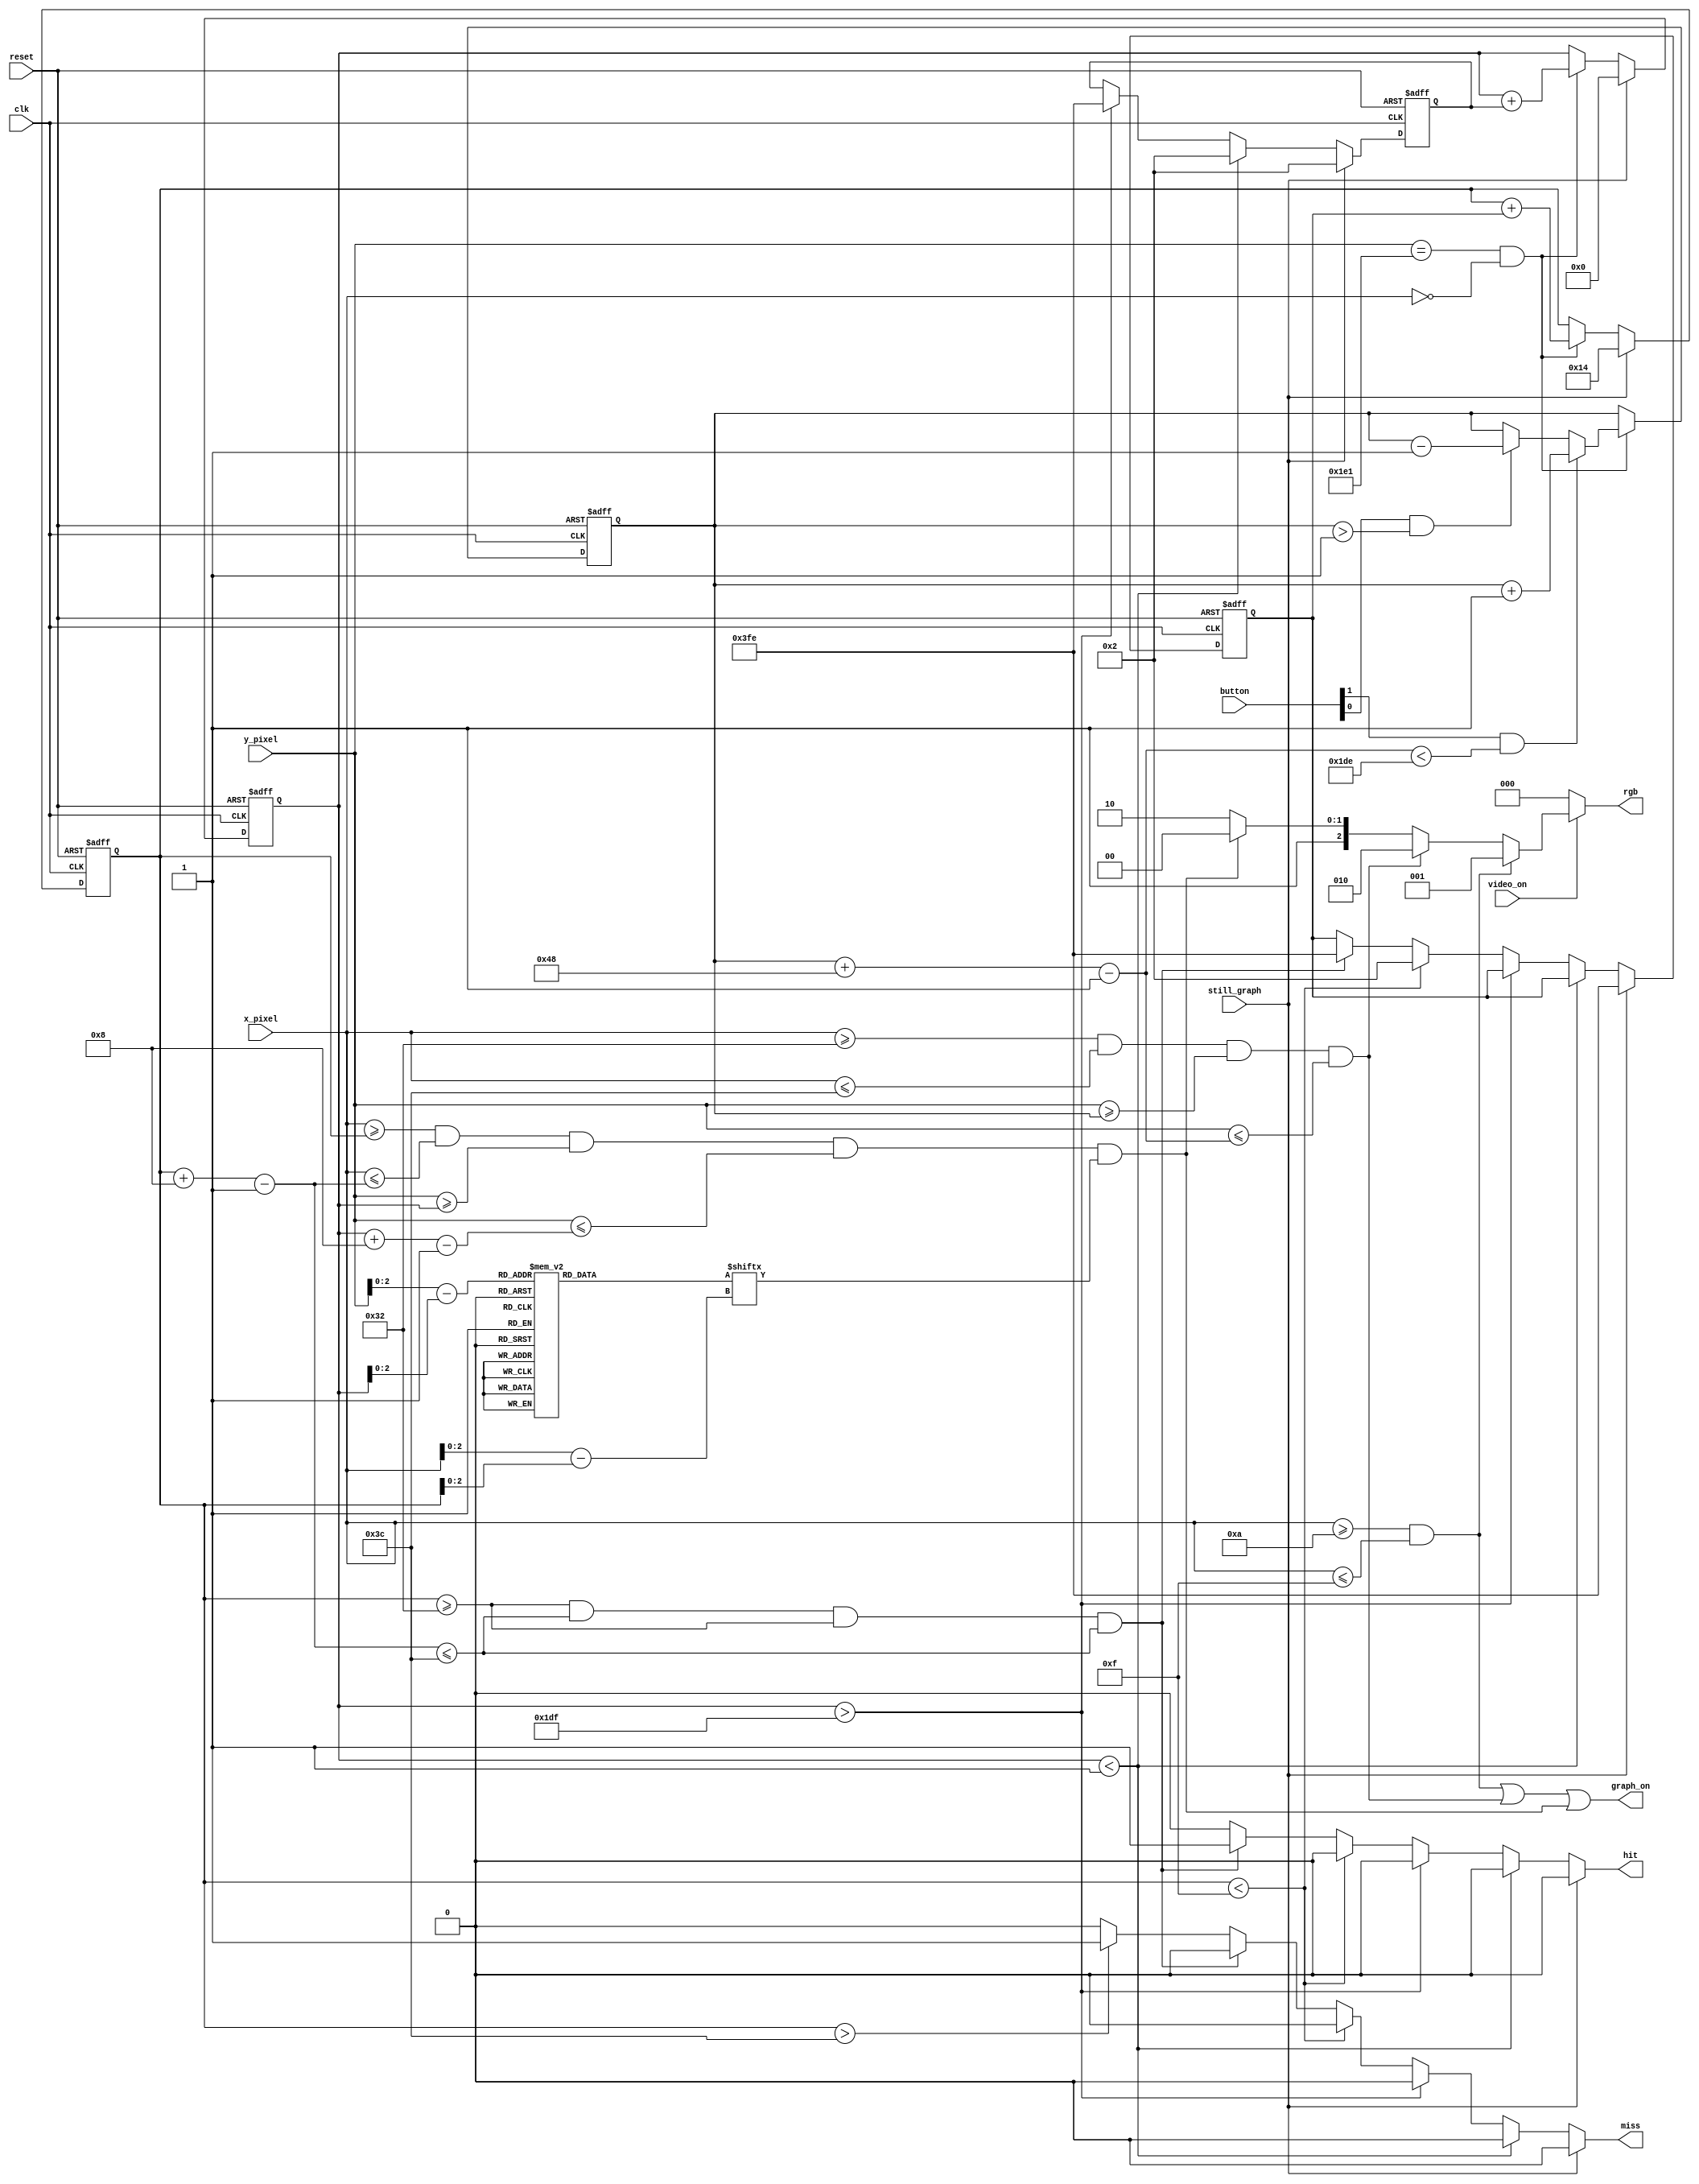
module animated_ping_pong(clk,reset,video_on,x_pixel,y_pixel,still_graph,hit,miss,button,rgb,graph_on);
input clk,reset,video_on;
input [1:0] button;
input [9:0] x_pixel,y_pixel;
output reg [2:0] rgb;
output wire graph_on;
input still_graph;
output reg hit,miss; 
//screen 
localparam MAX_X=640;
localparam MAX_Y=480;
wire refresh_tick;
//wall
localparam WALL_X_L=10;
localparam WALL_X_R=15;
//bar
localparam BAR_X_L=50;
localparam BAR_X_R=60;
wire [9:0] bar_y_t,bar_y_b;
localparam BAR_SIZE=72;
reg  [9:0] bar_y_next,bar_y_reg;
localparam BAR_VELOCITY=1;
//SQAURE BALL
localparam BALL_SIZE=8;
wire [9:0] ball_y_t,ball_y_b;
wire [9:0] ball_x_l,ball_x_r;
wire [9:0] ball_y_next,ball_x_next;
reg  [9:0] ball_x_reg,ball_y_reg;
reg [9:0] x_delta_reg,x_delta_next;
reg [9:0] y_delta_reg,y_delta_next;
localparam BALL_V_P=2;
localparam BALL_V_N=-2;
//round ball 
wire [2:0] rom_addr,rom_col;
reg [7:0] rom_data;
wire rom_bit;


//ball image
always @*
	case(rom_addr)
		0: rom_data=8'b00111100;
		1: rom_data=8'b01111110;
		2: rom_data=8'b11111111;
		3: rom_data=8'b11111111;
		4: rom_data=8'b11111111;
		5: rom_data=8'b11111111;
		6: rom_data=8'b01111110;
		7: rom_data=8'b00111100;
	endcase
always @(posedge clk or posedge reset)
	if(reset)
	
		begin
		bar_y_reg=0;
		ball_y_reg=00;
		ball_x_reg=20;
		x_delta_reg=4;
		y_delta_reg=4;
		end	
	else

	
		begin
		bar_y_reg=bar_y_next;
		ball_y_reg=ball_y_next;
		ball_x_reg=ball_x_next;
		x_delta_reg=x_delta_next;
		y_delta_reg=y_delta_next;
		end


assign refresh_tick=(y_pixel==481)&&(x_pixel==0);


//wall
wire wall_on;
wire [2:0] wall_rgb;
assign wall_on=(x_pixel>=WALL_X_L)&&(x_pixel<=WALL_X_R);
assign wall_rgb=3'b001;

//BAR
wire bar_on;
wire [2:0] bar_rgb;


assign bar_y_t=bar_y_reg;
assign bar_y_b=bar_y_reg+BAR_SIZE-1;
assign bar_on=(x_pixel>=BAR_X_L)&&(x_pixel<=BAR_X_R)&&(y_pixel>=bar_y_t)&&(y_pixel<=bar_y_b);
assign bar_rgb=3'b010;

always @*
	begin
	bar_y_next=bar_y_reg;
	if(refresh_tick)
		if(button[1]&(bar_y_b<(MAX_Y-1-BAR_VELOCITY)))
			bar_y_next=bar_y_reg+BAR_VELOCITY;
		else if(button[0]&(bar_y_t>BAR_VELOCITY))
			bar_y_next=bar_y_reg-BAR_VELOCITY;
	end

//ball 
wire square_ball_on,ball_on;
wire [2:0] ball_rgb;
assign ball_y_t=ball_y_reg;
assign ball_x_l=ball_x_reg;
assign ball_y_b=ball_y_t+BALL_SIZE-1;
assign ball_x_r=ball_x_l+BALL_SIZE-1;

assign square_ball_on=(x_pixel>=ball_x_l)&&(x_pixel<=ball_x_r)&&(y_pixel>=ball_y_t)&&(y_pixel<=ball_y_b);
assign rom_addr=y_pixel[2:0]-ball_y_t[2:0];
assign rom_col=x_pixel-ball_x_l[2:0];
assign rom_bit=rom_data[rom_col];
assign ball_on=(square_ball_on)&(rom_bit);
assign ball_rgb=3'b100;

assign ball_y_next=(still_graph)? 0:(refresh_tick)? ball_y_reg+y_delta_reg:ball_y_reg;
assign ball_x_next=(still_graph) ? 20 : (refresh_tick)? ball_x_reg+x_delta_reg:ball_x_reg;
assign graph_on=wall_on | bar_on | ball_on;

always @*
	begin
	x_delta_next=x_delta_reg;
	y_delta_next=y_delta_reg;	
	hit=0;
	miss=0;
	if(still_graph)
		begin
		x_delta_next=BALL_V_N;
		y_delta_next=BALL_V_P;
		end
		
	else if(ball_y_t<1)
		y_delta_next=BALL_V_P;
	else if(ball_y_t>MAX_Y-1)
		y_delta_next=0-2;
	else if(ball_x_l<WALL_X_R)
		x_delta_next=BALL_V_P;
	else if((ball_x_l>=BAR_X_L)&&(ball_x_r<=BAR_X_R)&&(ball_x_l>=BAR_X_L)&&(ball_x_r<=BAR_X_R))
		begin	
		x_delta_next=0-2;
		hit=1;
		end
	else if(ball_x_l>BAR_X_R)
		miss=1;
	end
always @*
	if(~video_on)
		rgb=3'b000;
	else if(wall_on)
		rgb=wall_rgb;
	else if(bar_on)
		rgb=bar_rgb;
	else if(ball_on) 
		rgb=ball_rgb;
	else 
		rgb=3'b110;
endmodule